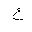
Letter: _ayn